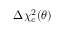
\Delta \chi _ { c } ^ { 2 } ( \theta )